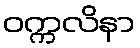
ဝက္ကလိနာ